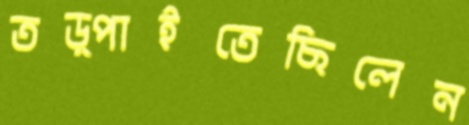
তড়্‌পাইতেছিলেন